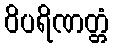
ဝိပရိဏတ္တံ